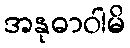
အနုဓာဝါမိ